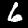
Digit: 6